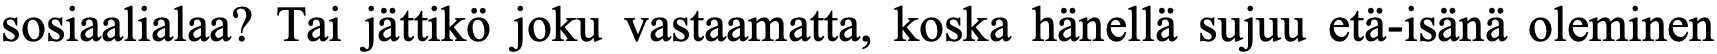
sosiaalialaa? Tai jättikö joku vastaamatta, koska hänellä sujuu etä-isänä oleminen